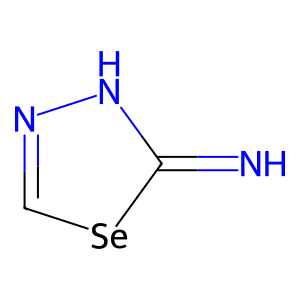
SMILES: N=c1[nH]nc[se]1
Inhibits HIV replication: No